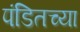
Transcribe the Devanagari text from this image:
पंडितच्या